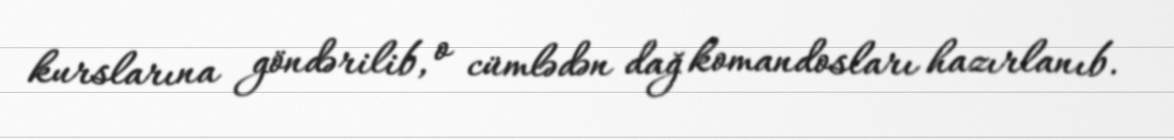
kurslarına göndərilib, o cümlədən dağ komandosları hazırlanıb.